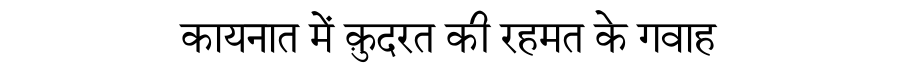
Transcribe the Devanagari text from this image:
कायनात में क़ुदरत की रहमत के गवाह